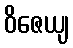
ဝိဇေယျ